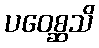
ပဝေစ္ဆသိ